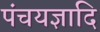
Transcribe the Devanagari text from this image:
पंचयज्ञादि